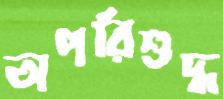
অপরিশুদ্ধ